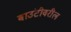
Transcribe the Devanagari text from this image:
बाउंटीवरील